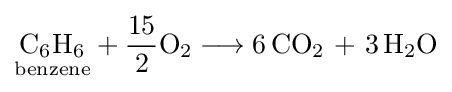
{{\underset {\mathrm {benzene} }{\mathrm {C} {\vphantom {A}}_{\smash[{t}]{6}}\mathrm {H} {\vphantom {A}}_{\smash[{t}]{6}}}}{}+{}{{\text{15}} \over {\text{2}}}\mathrm {O} {\vphantom {A}}_{\smash[{t}]{2}}{}\mathrel {\longrightarrow } {}6\,\mathrm {CO} {\vphantom {A}}_{\smash[{t}]{2}}~{\text{+}}~3\,\mathrm {H} {\vphantom {A}}_{\smash[{t}]{2}}\mathrm {O} }